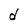
Character: d